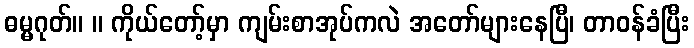
ဓမ္မဂုတ်။ ။ ကိုယ်တော့်မှာ ကျမ်းစာအုပ်ကလဲ အတော်များနေပြီ၊ တာဝန်ခံပြီး